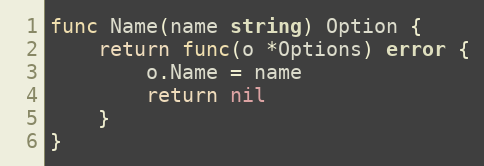
Language: Go
func Name(name string) Option {
	return func(o *Options) error {
		o.Name = name
		return nil
	}
}